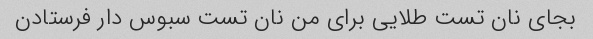
بجای نان تست طلایی برای من نان تست سبوس دار فرستادن